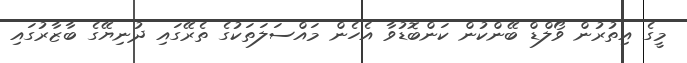
މީގެ އިތުރުން ވޯލްޑް ބޭންކުން ކަންބޮޑުވާ އެހެން މައްސަލަތަކުގެ ތެރޭގައި ދުނިޔޭގެ ބާޒާރުގައި